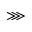
\ggg